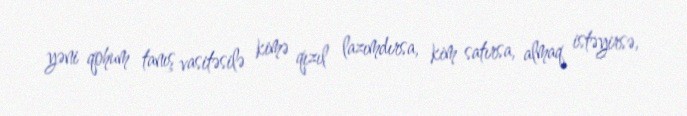
yəni qohum tanış vasitəsilə kimə qızıl lazımdırsa, kim satırsa, almaq istəyirsə,